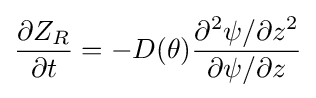
{\frac {\partial Z_{R}}{\partial t}}=-D(\theta ){\frac {\partial ^{2}\psi /\partial z^{2}}{\partial \psi /\partial z}}